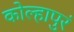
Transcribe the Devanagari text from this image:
कोल्हापुरं